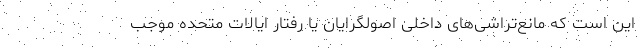
این است که مانع‌تراشی‌های داخلی اصولگرایان یا رفتار ایالات متحده موجب